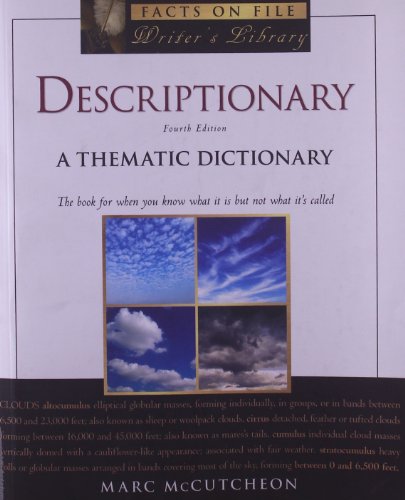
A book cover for Descriptionary: A Thematic Dictionary (Writers Library) (Facts on File Writer's Library); Marc McCutcheon; Reference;